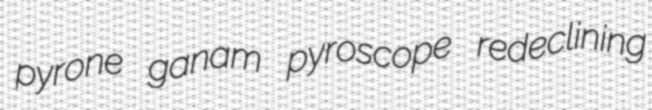
pyrone ganam pyroscope redeclining